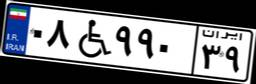
۰۸W۹۹۰۳۹